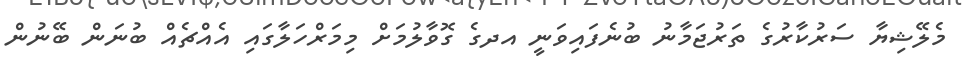
މެލޭޝިޔާ ސަރުކާރުގެ ތަރުޖަމާނު ބުނެފައިވަނީ އދގެ ގޮވާލުމަށް މިމަރްހަލާގައި އެއްޗެއް ބުނަން ބޭނުން